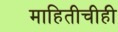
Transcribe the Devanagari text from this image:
माहितीचीही